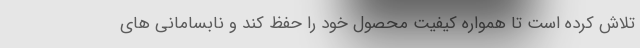
تلاش کرده است تا همواره کیفیت محصول خود را حفظ کند و نابسامانی های